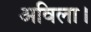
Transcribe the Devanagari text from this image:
अविला।